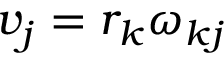
v _ { j } = r _ { k } \omega _ { k j }